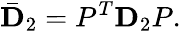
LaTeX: \bar{\mathbf{D}}_{2}=P^{T}\mathbf{D}_{2}P.